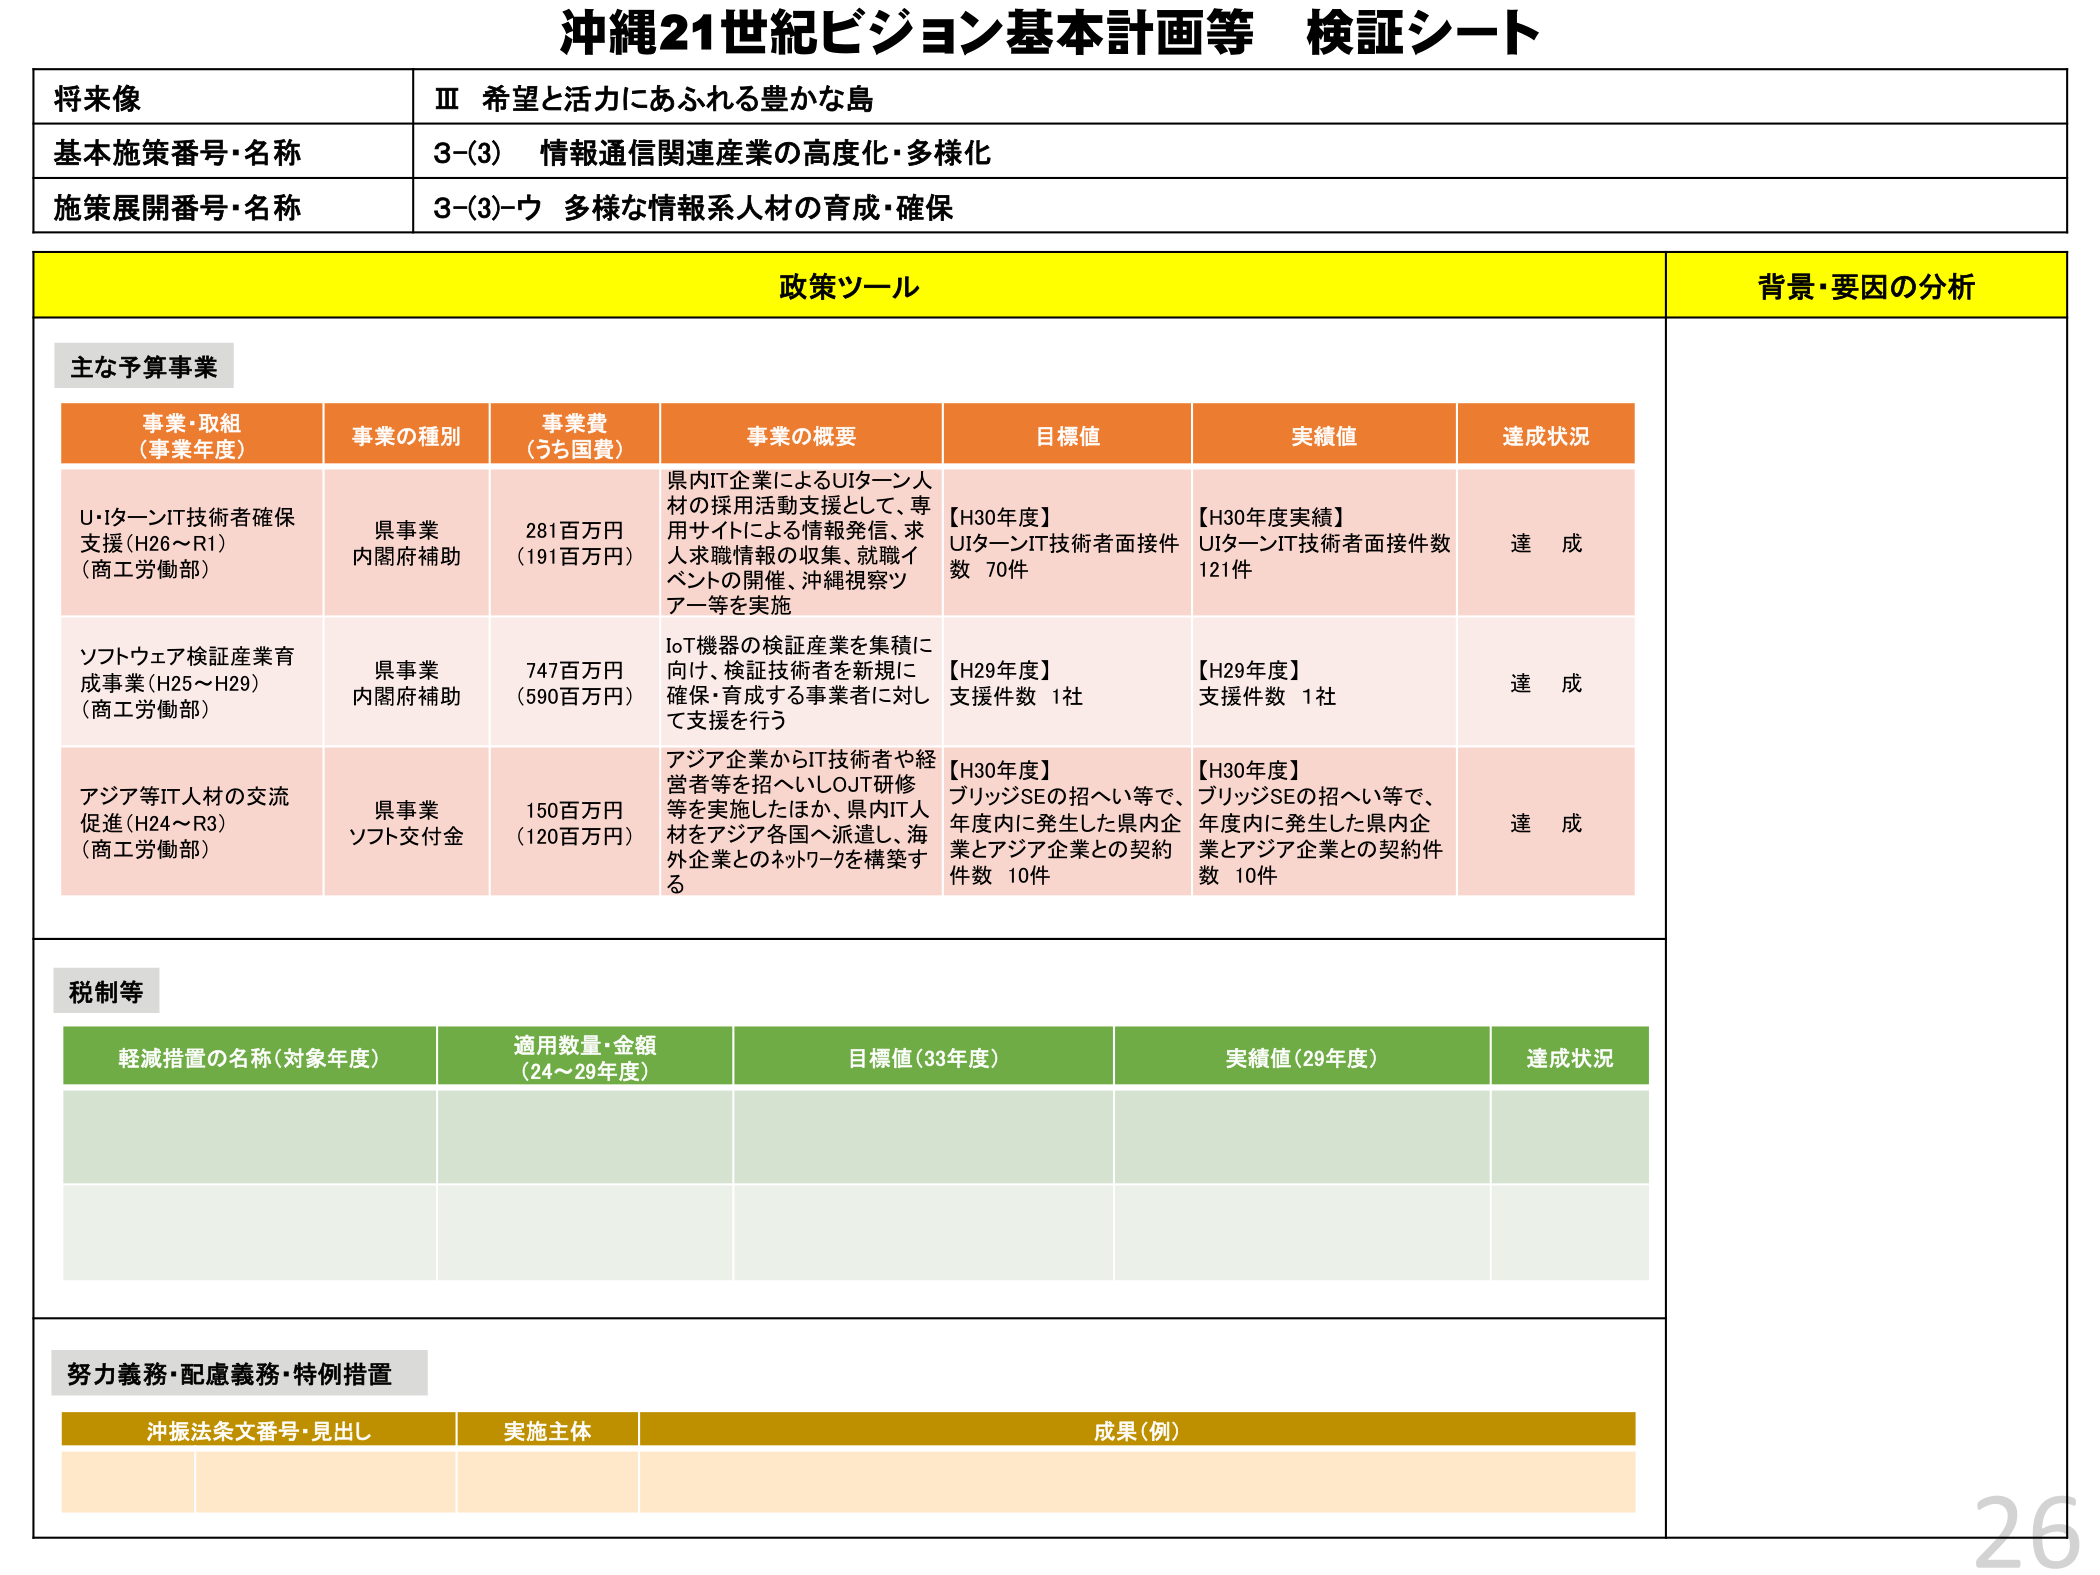
沖縄21世紀ビジョン基本計画等 検証シート

将来像
Ⅲ 希望と活力にあふれる豊かな島

基本施策番号・名称
3-(3) 情報通信関連産業の高度化・多様化

施策展開番号・名称
3-(3)-ウ 多様な情報系人材の育成・確保

政策ツール
背景・要因の分析

主な予算事業

事業・取組
（事業年度）
事業の種別
事業費
（うち国費）
事業の概要
目標値
実績値
達成状況

U・IターンIT技術者確保支援（H26～R1）
（商工労働部）
県事業
内閣府補助
281百万円
（191百万円）
県内IT企業によるUIターン人材の採用活動支援として、専用サイトによる情報発信、求人求職情報の収集、就職イベントの開催、沖縄視察ツアー等を実施
【H30年度】
UIターンIT技術者面接件数 70件
【H30年度実績】
UIターンIT技術者面接件数 121件
達成

ソフトウェア検証産業育成事業（H25～H29）
（商工労働部）
県事業
内閣府補助
747百万円
（590百万円）
IoT機器の検証産業を集積に向け、検証技術者を新規に確保・育成する事業者に対して支援を行う
【H29年度】
支援件数 1社
【H29年度】
支援件数 1社
達成

アジア等IT人材の交流促進（H24～R3）
（商工労働部）
県事業
ソフト交付金
150百万円
（120百万円）
アジア企業からIT技術者や経営者等を招へいしOJT研修等を実施したほか、県内IT人材をアジア各国へ派遣し、海外企業とのネットワークを構築する
【H30年度】
ブリッジSEの招へい等で、年度内に発生した県内企業とアジア企業との契約件数 10件
【H30年度】
ブリッジSEの招へい等で、年度内に発生した県内企業とアジア企業との契約件数 10件
達成

税制等

軽減措置の名称（対象年度）
適用数量・金額
（24～29年度）
目標値（33年度）
実績値（29年度）
達成状況

努力義務・配慮義務・特例措置

沖振法条文番号・見出し
実施主体
成果（例）

26